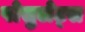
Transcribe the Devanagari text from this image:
पोसुलेट्स